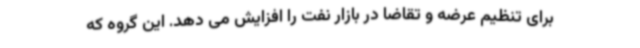
برای تنظیم عرضه و تقاضا در بازار نفت را افزایش می دهد. این گروه که